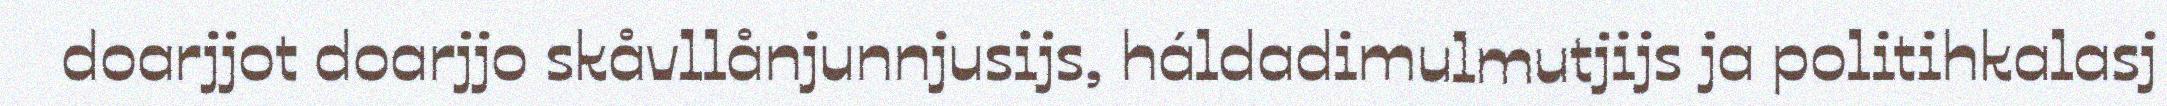
doarjjot doarjjo skåvllånjunnjusijs, háldadimulmutjijs ja politihkalasj